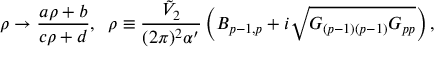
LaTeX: \rho \to \frac { a \rho + b } { c \rho + d } , \; \; \rho \equiv \frac { { \tilde { V } } _ { 2 } } { ( 2 \pi ) ^ { 2 } \alpha ^ { \prime } } \left( B _ { p - 1 , p } + i \sqrt { G _ { ( p - 1 ) ( p - 1 ) } G _ { p p } } \right) ,